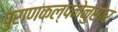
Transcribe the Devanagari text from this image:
पुराणकल्पनेनुसार